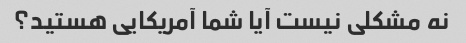
نه مشکلی نیست آیا شما آمریکایی هستید؟